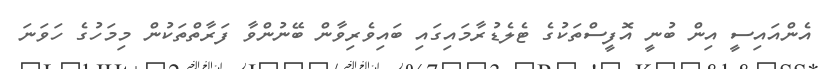
އެންއައިސީ އިން ބުނީ އޮފީސްތަކުގެ ޓެލެޑުރާމައިގައި ބައިވެރިވާން ބޭނުންވާ ފަރާތްތަކުން މިމަހުގެ ހަވަނަ